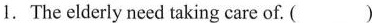
1.The elderly need taking care of. ( )